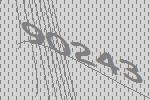
90243